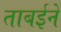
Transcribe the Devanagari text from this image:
ताबईने